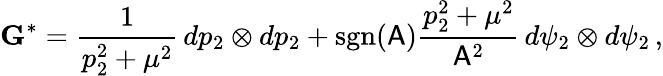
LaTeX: \mathbf{G}^{*}=\frac{1}{p_{2}^{2}+\mu^{2}}\, dp_{2}\otimes dp_{2}+\mathrm{sgn}(\mathsf{A})\frac{p_{2}^{2}+\mu^{2}}{\mathsf{A}^{2}}\, d\psi_{2}\otimes d\psi_{2}\, ,